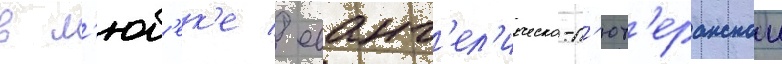
в л'юб'ек'е / еванг'ел'ическо-л'ют'еранскои